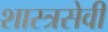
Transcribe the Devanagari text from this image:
शास्त्रसेवी